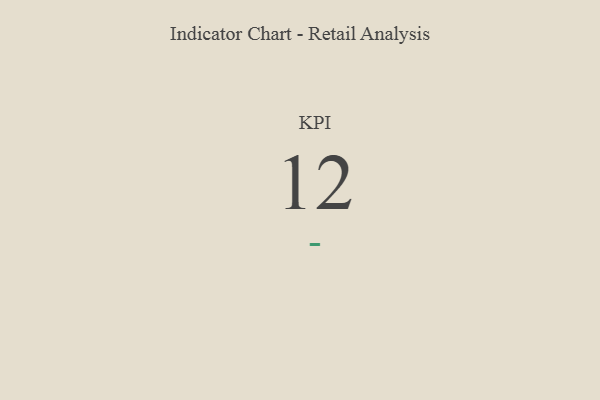
{"axis": {"x": "KPI", "y": "Value"}, "legend": [""], "data": [{"x": "KPI", "y": 12, "type": ""}]}